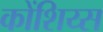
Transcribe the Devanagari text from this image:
कोंशिय्स